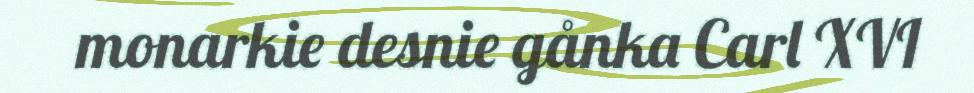
monarkie desnie gånka Carl XVI